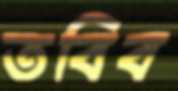
তবিব